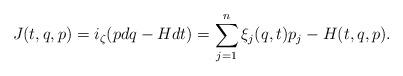
LaTeX: \begin{align*}J(t,q,p)=i_\zeta(pdq-Hdt)=\sum_{j=1}^n \xi_j(q,t)p_j-H(t,q,p).\end{align*}